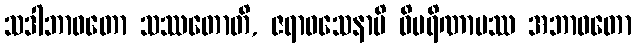
သဒါဘာဝတော သဿတောတိ, ဇရာဝသေနာပိ ဝိပရိဏာမဿ အဘာဝတော